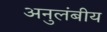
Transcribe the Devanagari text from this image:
अनुलंबीय